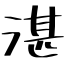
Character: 湛